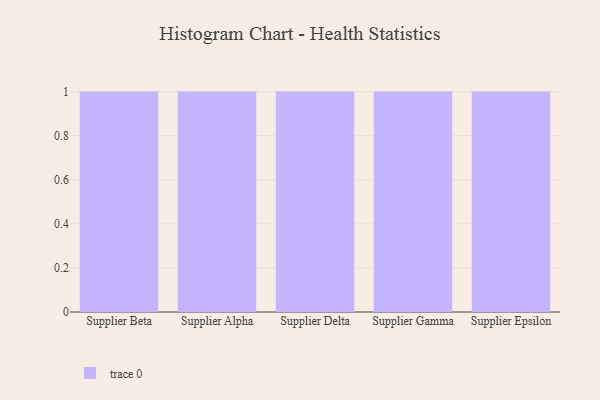
{"axis": {"x": "Supplier", "y": "Satisfaction Score"}, "legend": [""], "data": [{"x": "Supplier Beta", "y": 55, "type": ""}, {"x": "Supplier Alpha", "y": 81, "type": ""}, {"x": "Supplier Delta", "y": 97, "type": ""}, {"x": "Supplier Gamma", "y": 8, "type": ""}, {"x": "Supplier Epsilon", "y": 18, "type": ""}]}